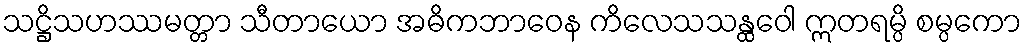
သဋ္ဌိသဟဿမတ္တာ သီတာယော အဓိကဘာဝေန ကိလေသသန္ထဝေါ ဣတရမ္ပိ စမ္ပကော